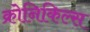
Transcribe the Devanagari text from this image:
क्रोनिकिल्स